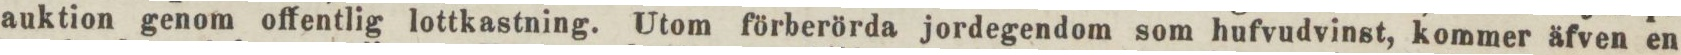
auktion genom offentlig lottkastning. Utom förberörda jordegendom som hufvudvinst, kommer äfven en